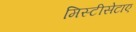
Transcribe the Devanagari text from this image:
मिस्टीसेटाए